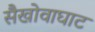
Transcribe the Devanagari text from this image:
सैखोवाघाट